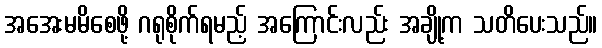
အအေးမမိစေဖို့ ဂရုစိုက်ရမည့် အကြောင်းလည်း အချို့က သတိပေးသည်။